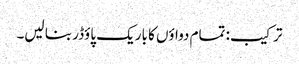
ترکیب: تمام دواؤں کا باریک پاؤڈر بنا لیں۔